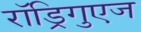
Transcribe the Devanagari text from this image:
राॅड्रिगुएज